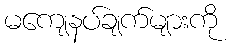
မကျေနပ်ချက်များကို